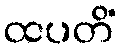
ထပတိံ